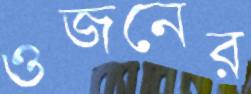
ওজনের